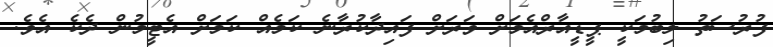
ފުރުސަތު ލިބުމަކީ ޕީޑީއާރްއެމަށް ވަރަށް ފައިދާކުރާނެ ކަމެއް ކަމަށް އެޓީމުން ދެކެ އެވެ.